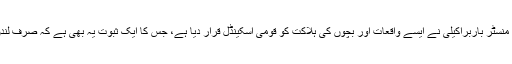
سوشل سائٹس اور خودکشی کے باہمی تال میل کے تازہ منظرنامہ پر لیبر پارٹی کی شیڈو منسٹر باربراکیلی نے ایسے واقعات اور بچوں کی ہلاکت کو قومی اسکینڈل قرار دیا ہے، جس کا ایک ثبوت یہ بھی ہے کہ صرف لندن میں گزشتہ پانچ برسوں میں نوجوانوں میں خودکشی کا تناسب 107 فیصد بڑھ چکا ہے۔